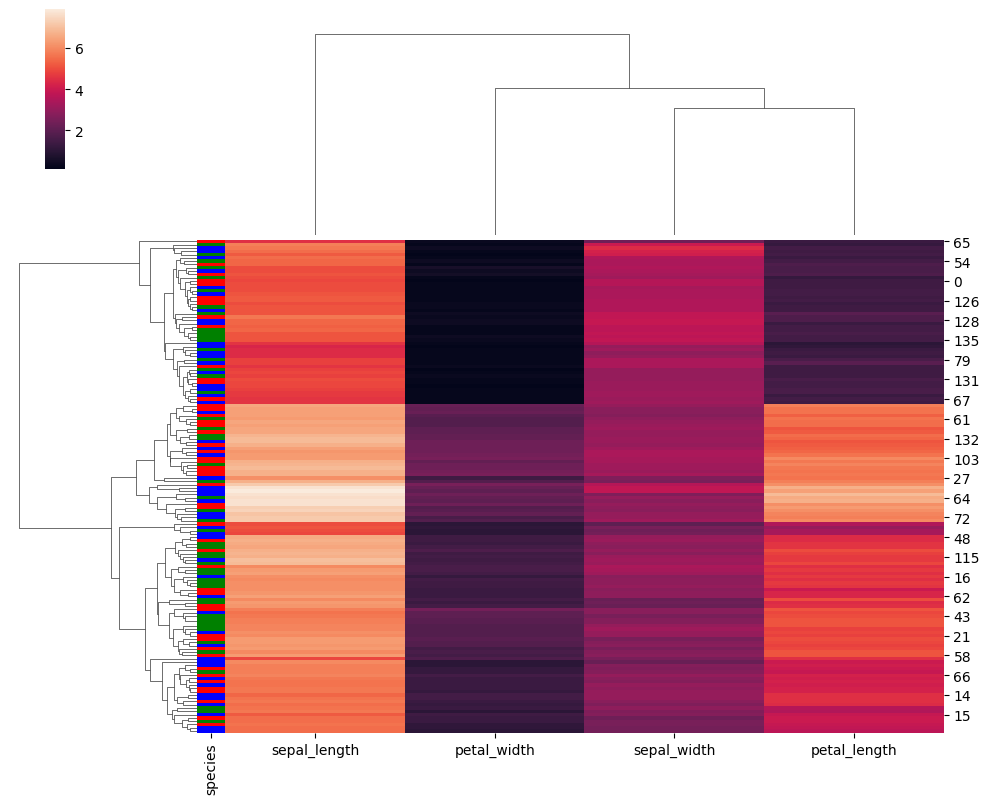
python, seaborn, clustermap, figsize=(10, 8), row_cluster=True, dendrogram_ratio=(0.2, 0.3), cbar_pos=(0.05, 0.8, 0.02, 0.2)